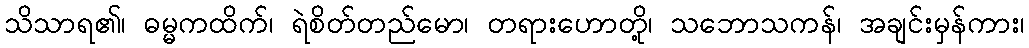
သိသာရ၏၊ ဓမ္မကထိက်၊ ရဲစိတ်တည်မော၊ တရားဟောတို့၊ သဘောသကန်၊ အချင်းမှန်ကား၊